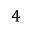
4